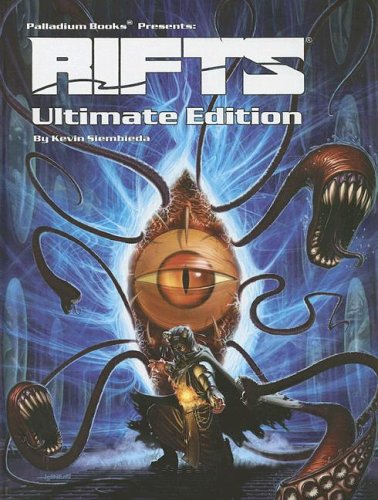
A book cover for Rifts Role-Playing Game; Kevin Sembieda; Sports & Outdoors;